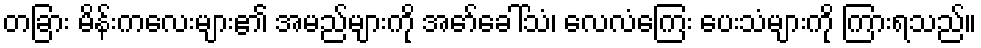
တခြား မိန်းကလေးများ၏ အမည်များကို အော်ခေါ်သံ၊ လေလံကြေး ပေးသံများကို ကြားရသည်။